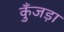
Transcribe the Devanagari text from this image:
कुँजड़ा